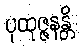
ပုထုဇ္ဇနန္တိ